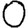
Digit: 0